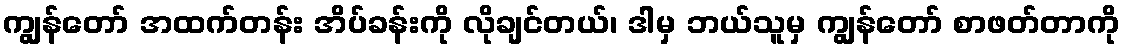
ကျွန်တော် အထက်တန်း အိပ်ခန်းကို လိုချင်တယ်၊ ဒါမှ ဘယ်သူမှ ကျွန်တော် စာဖတ်တာကို